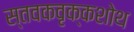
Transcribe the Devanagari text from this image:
स्तवकवृक्कशोथ